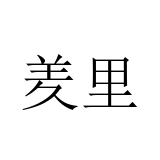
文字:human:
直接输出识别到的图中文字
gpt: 羑里